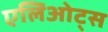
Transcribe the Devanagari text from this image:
एलिओट्स